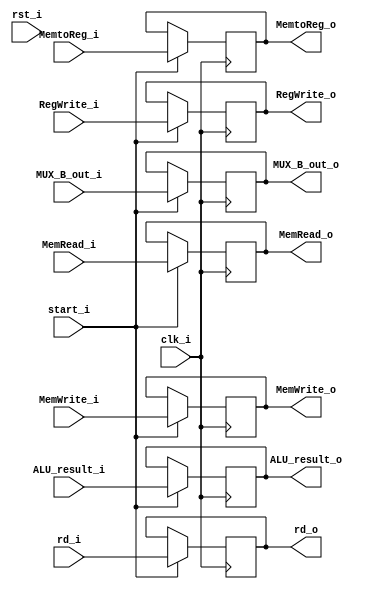
module EX_MEM (
    input clk_i,
    input rst_i,
    input start_i,

    input RegWrite_i,
    input MemtoReg_i,
    input MemRead_i,
    input MemWrite_i,
    input [31:0] ALU_result_i,
    input [31:0] MUX_B_out_i, // unknown
    input [4:0] rd_i,

    output RegWrite_o,
    output MemtoReg_o,
    output MemRead_o,
    output MemWrite_o,
    output [31:0] ALU_result_o,
    output [31:0] MUX_B_out_o,
    output [4:0] rd_o
);

reg RegWrite_o;
reg MemtoReg_o;
reg MemRead_o;
reg MemWrite_o;
reg [31:0] ALU_result_o;
reg [31:0] MUX_B_out_o;
reg [4:0] rd_o;


always @(posedge clk_i) begin
    if (start_i) begin
        RegWrite_o <= RegWrite_i;
        MemtoReg_o <= MemtoReg_i;
        MemRead_o <= MemRead_i;
        MemWrite_o <= MemWrite_i;
        ALU_result_o <= ALU_result_i;
        MUX_B_out_o <= MUX_B_out_i;
        rd_o <= rd_i;
    end
end
endmodule